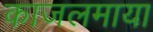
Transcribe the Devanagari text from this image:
काजलमाया